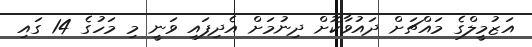
އަޒުމީލްގެ މައްޗަށް ދައުވާކޮށް ދިނުމަށް އެދިފައި ވަނީ މި މަހުގެ 14 ގައި